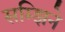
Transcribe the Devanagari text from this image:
सम्झिने